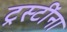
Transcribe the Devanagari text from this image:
ट्रस्टींना